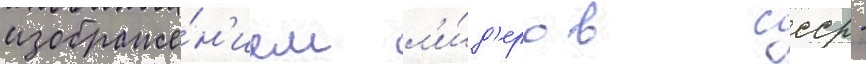
изображе́н'ием л'и́д'еров ссср -